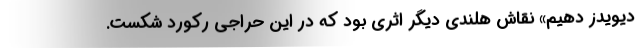
دیویدز دِهیم» نقاش هلندی دیگر اثری بود که در این حراجی رکورد شکست.